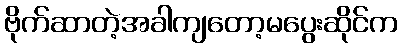
ဗိုက်ဆာတဲ့အခါကျတော့မပွေးဆိုင်က